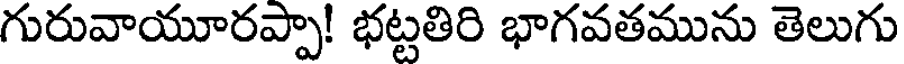
గురువాయూరప్పా! భట్టతిరి భాగవతమును తెలుగు